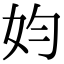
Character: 㚬